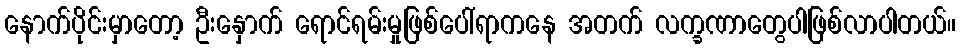
နောက်ပိုင်းမှာတော့ ဦးနှောက် ရောင်ရမ်းမှုဖြစ်ပေါ်ရာကနေ အတက် လက္ခဏာတွေပါဖြစ်လာပါတယ်။